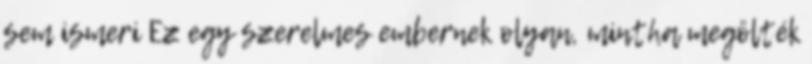
sem ismeri Ez egy szerelmes embernek olyan, mintha megölték